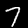
Label: 7